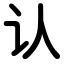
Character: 认